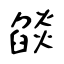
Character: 燄